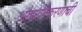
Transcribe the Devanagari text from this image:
औद्योगिकरणाची